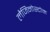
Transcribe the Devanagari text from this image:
लैजिनोस्टोम